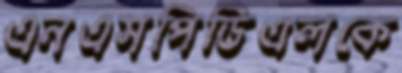
এনএসপিডিএলকে